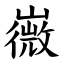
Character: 嶶